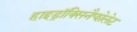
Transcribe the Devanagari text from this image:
हाइड्रॉक्सिनैप्शेलेट